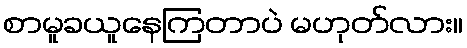
စာမူခယူနေကြတာပဲ မဟုတ်လား။